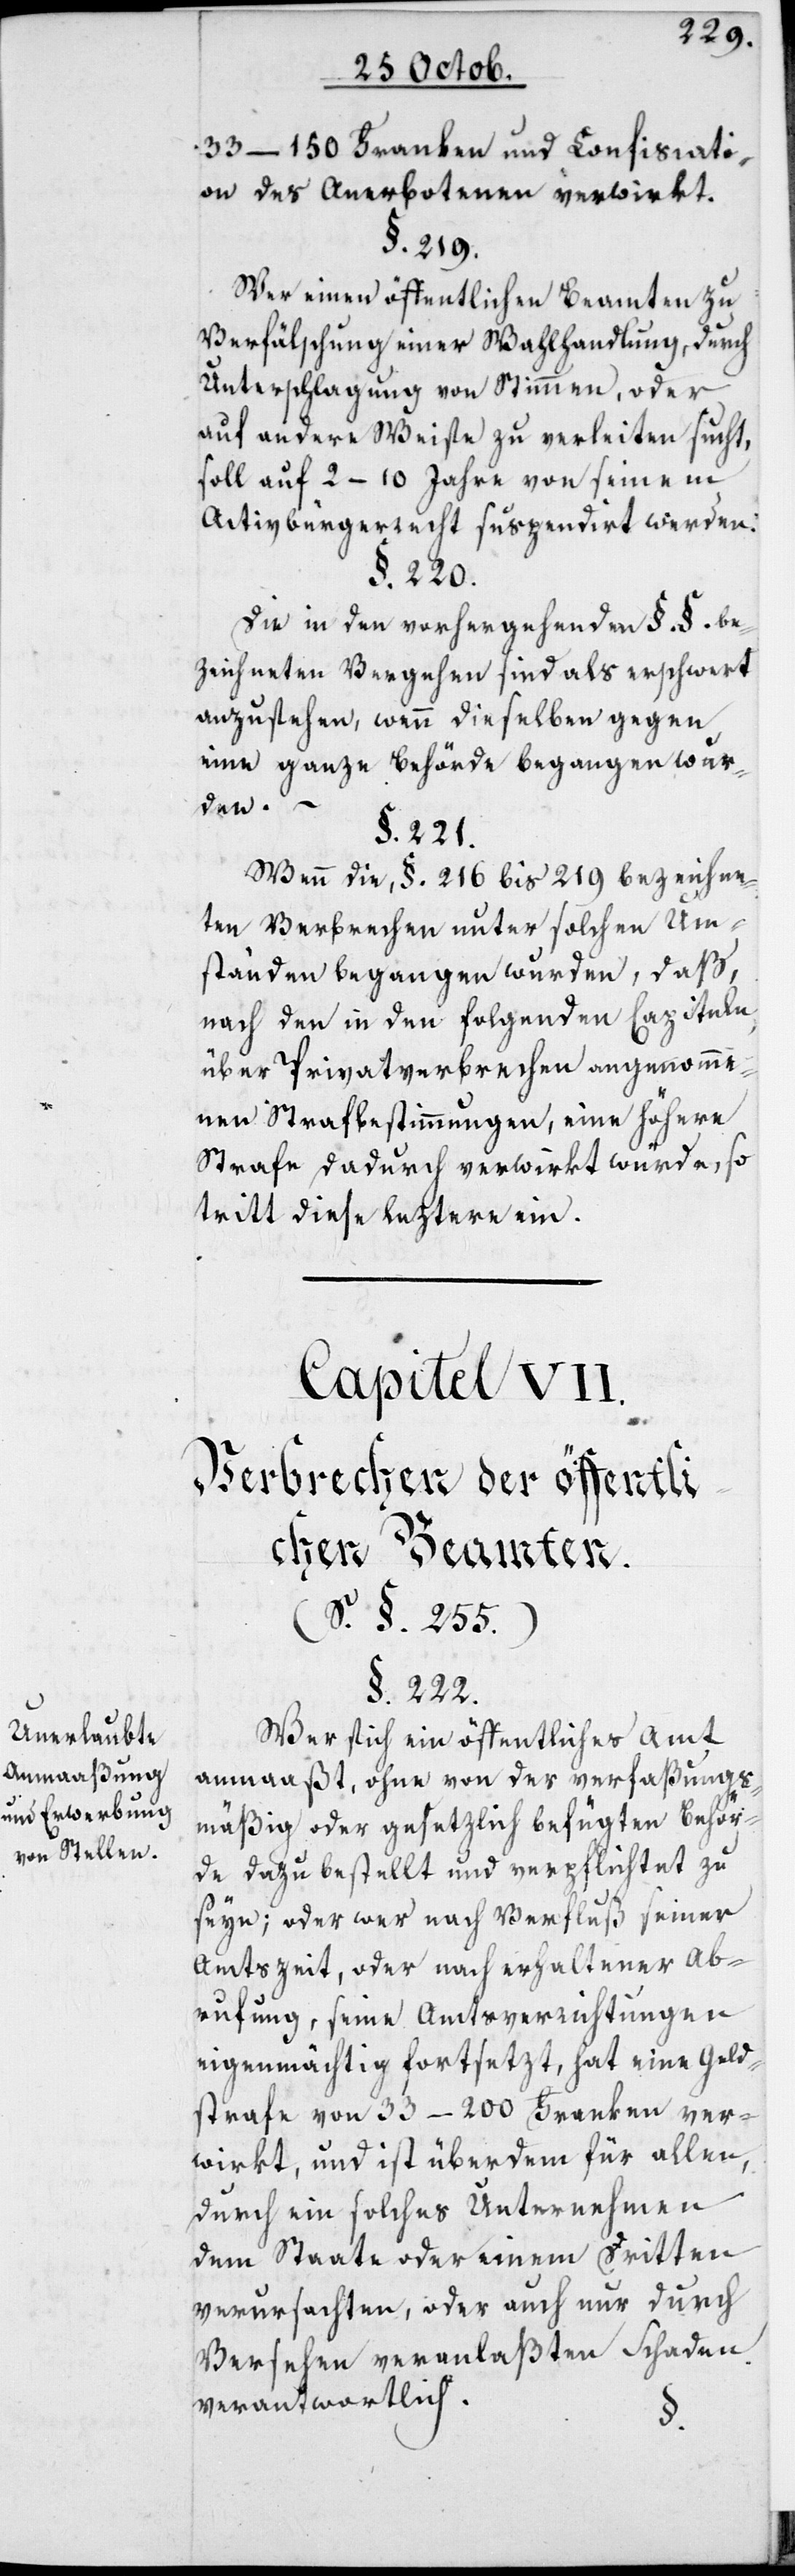
Unerlaubte
Anmaaßung
und Erwerbung
von Stellen.

33–150 Franken und Confiscati¬
on des Anerbotenen verwirkt.
§. 219.
Wer einen öffentlichen Beamten zu
Verfälschung einer Wahlhandlung durch
Unterschlagung von Stimmen oder
auf andere Weise zu verleiten sucht,
soll auf 2–10 Jahre von seinem
Activbürgerrecht suspendiert werden.
§. 220.
Die in den vorhergehenden §. §. be¬
zeichneten Vergehen sind als erschwert
anzusehen, wenn dieselben gegen
eine ganze Behörde begangen wur¬
den.
§. 221.
Wenn die, §. 216 bis 219 bezeichne¬
ten Verbrechen unter solchen Um¬
ständen begangen wurden, daß
nach den in den folgenden Capiteln,
über Privatverbrechen angenohme¬
nen Strafbestimmungen, eine höhere
Strafe dadurch verwirkt würde, so
tritt diese leztere ein.
Capitel VII.
Verbrechen der öffentli¬
chen Beamten.
(S. §. 255.)
§. 222.
Wer sich ein öffentliches Amt
anmaaßt, ohne von der verfaßungs¬
mäßig oder gesetzlich befügten Behör¬
de dazu bestellt und verpflichtet zu
seyn; oder wer nach Verfluß seiner
Amtszeit, oder nach erhaltener Ab¬
rufung, seine Amtsverrichtungen
eigenmächtig fortsezt, hat eine Geld¬
strafe von 33–200 Franken ver¬
wirkt, und ist überdem für allen,
durch ein solches Unternehmen
dem Staate oder einem Dritten
verursachten, oder auch nur durch
Versehen veranlaßten Schaden
verantwortlich.